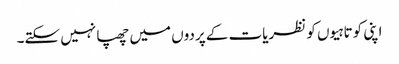
اپنی کوتاہیوں کو نظریات کے پردوں میں چھپا نہیں سکتے۔